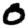
Digit: 0